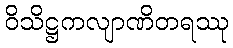
ဝိသိဋ္ဌကလျာဏိတရဿု